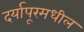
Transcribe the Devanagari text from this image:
दर्यापूरमधील